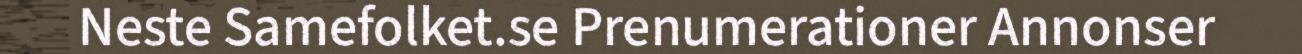
Neste Samefolket.se Prenumerationer Annonser